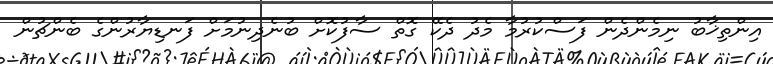
އިންތިޚާބު ނިމެންދެން ފަސްކުރުމާ މެދު ދެކޭ ގޮތް ސާފުކޮށް ބުނެދިނުމަށް ފަނޑިޔާރުންގެ ބެންޗުން